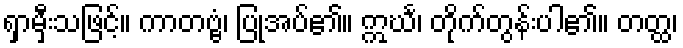
ရှာမှီးသဖြင့်။ ကာတဗ္ဗံ၊ ပြုအပ်၏။ ဣင်္ဃ၊ တိုက်တွန်းပါ၏။ တတ္ထ၊